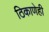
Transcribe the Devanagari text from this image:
ठिकाणेही